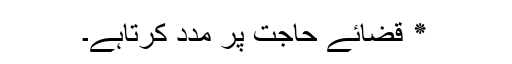
٭ قضائے حاجت پر مدد کرتاہے۔